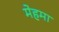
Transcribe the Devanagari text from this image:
मेहमा